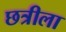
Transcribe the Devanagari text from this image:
छत्रीला